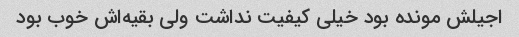
اجیلش مونده بود خیلی کیفیت نداشت ولی بقیه‌اش خوب بود